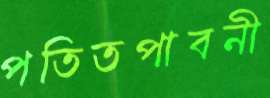
পতিতপাবনী